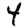
Digit: 4